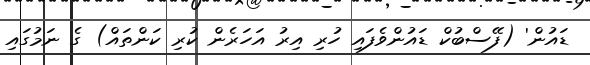
ޑައުން' (ފޭސްބުކް ޑައުންވެފައި ހުރި އިރު އަހަރެން ކުރި ކަންތައް) ގެ ނަމުގައި